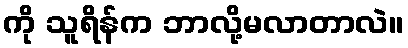
ကို သူရိန်က ဘာလို့မလာတာလဲ။